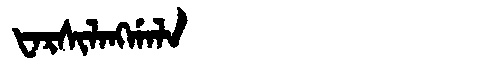
Manchu: ᡶᠠᡵᠰᡳᠯᠠᠩᡤᠠᠯᠠ
Romanization: FARSILANGGALA